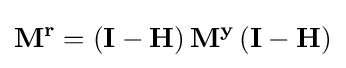
\mathbf {M^{r}=\left(I-H\right)M^{y}\left(I-H\right)}